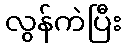
လွန်ကဲပြီး